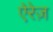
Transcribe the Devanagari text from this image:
ऐरेज़